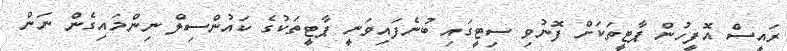
ރައީސް އޮފީހުން ޕާޓީތަކަށް ފޮނުވި ސިޓީގައި ބުނެފައިވަނީ ޕާޓީތަކުގެ ކައުންސިލް ނިންމައިގެން ނަން